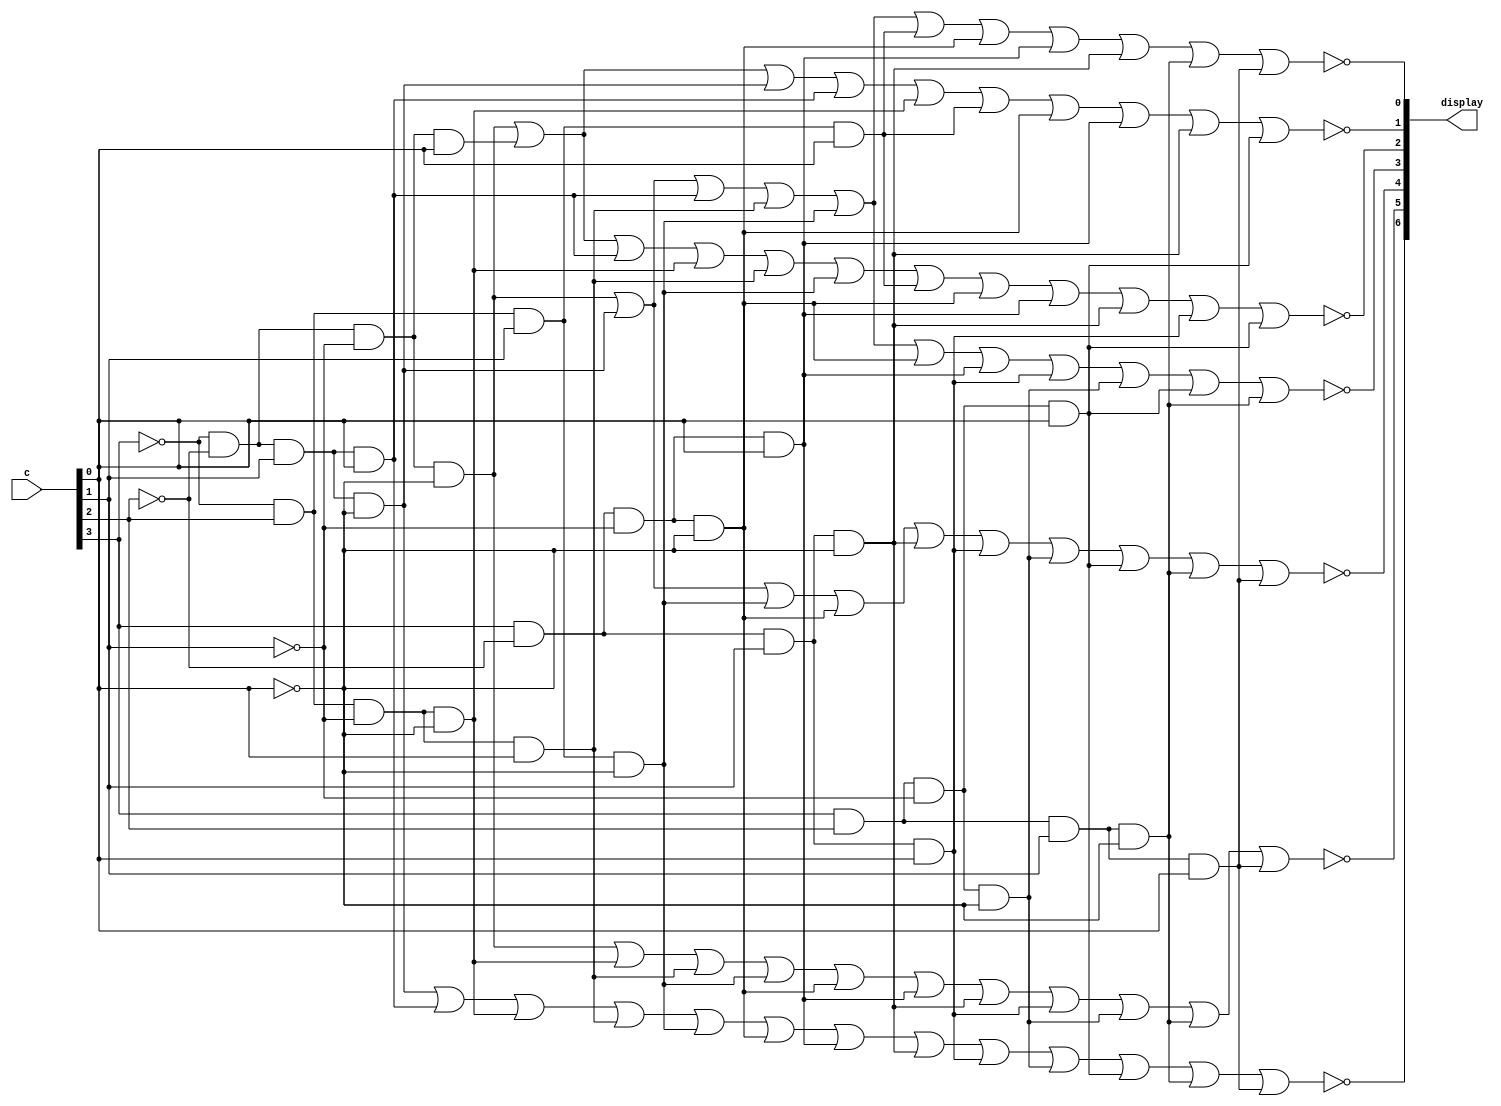
//SW[2:0] data inputs
//SW[9] select signals

//LEDR[0] output display

module hex_decoder(c, display);

input [3:0]c; 
output [6:0]display;

assign m0 = ~c[3]&~c[2]&~c[1]&~c[0];
assign m1 = ~c[3]&~c[2]&~c[1]&c[0];
assign m2 = ~c[3]&~c[2]&c[1]&~c[0];
assign m3 = ~c[3]&~c[2]&c[1]&c[0];
assign m4 = ~c[3]&c[2]&~c[1]&~c[0];
assign m5 = ~c[3]&c[2]&~c[1]&c[0];
assign m6 = ~c[3]&c[2]&c[1]&~c[0];
assign m7 = ~c[3]&c[2]&c[1]&c[0];
assign m8 = c[3]&~c[2]&~c[1]&~c[0];
assign m9 = c[3]&~c[2]&~c[1]&c[0];
assign m10 = c[3]&~c[2]&c[1]&~c[0];
assign m11 = c[3]&~c[2]&c[1]&c[0];
assign m12 = c[3]&c[2]&~c[1]&~c[0];
assign m13 = c[3]&c[2]&~c[1]&c[0];
assign m14 = c[3]&c[2]&c[1]&~c[0];
assign m15 = c[3]&c[2]&c[1]&c[0];

assign display[0] = ~(m0|m2|m3|m5|m6|m7|m8|m9|m10|m14|m15);
assign display[1] = ~(m0|m1|m2|m3|m4|m7|m8|m9|m10|m13);
assign display[2] = ~(m0|m1|m3|m4|m5|m6|m7|m8|m9|m10|m11|m13);
assign display[3] = ~(m0|m2|m3|m5|m6|m8|m9|m11|m12|m13|m14);
assign display[4] = ~(m0|m2|m6|m8|m10|m11|m12|m13|m14|m15);
assign display[5] = ~(m0|m4|m5|m6|m8|m9|m10|m11|m12|m14|m15);
assign display[6] = ~(m2|m3|m4|m5|m6|m8|m9|m10|m11|m12|m13|m14|m15);

endmodule //hex decoder